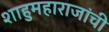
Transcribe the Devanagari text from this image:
शाहुमहाराजांची